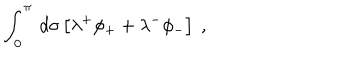
\int _ { 0 } ^ { \pi } \, d \sigma \left[ \lambda ^ { + } \phi _ { + } + \lambda ^ { - } \phi _ { - } \right] \ ,